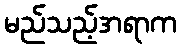
မည်သည့်အရာက